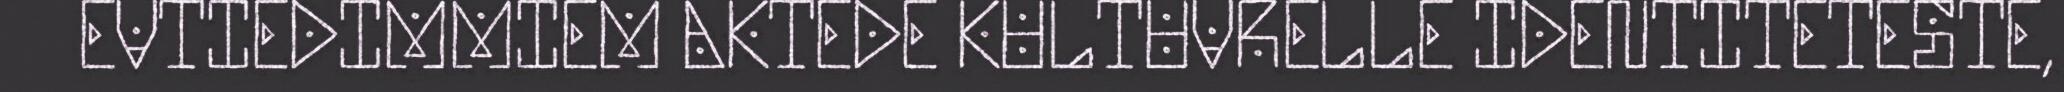
EVTIEDIMMIEM AKTEDE KULTUVRELLE IDENTITETESTE,